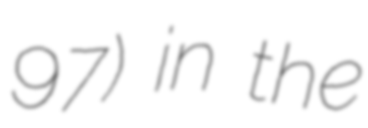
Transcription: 97) in the